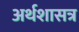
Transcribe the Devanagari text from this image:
अर्थशासत्र